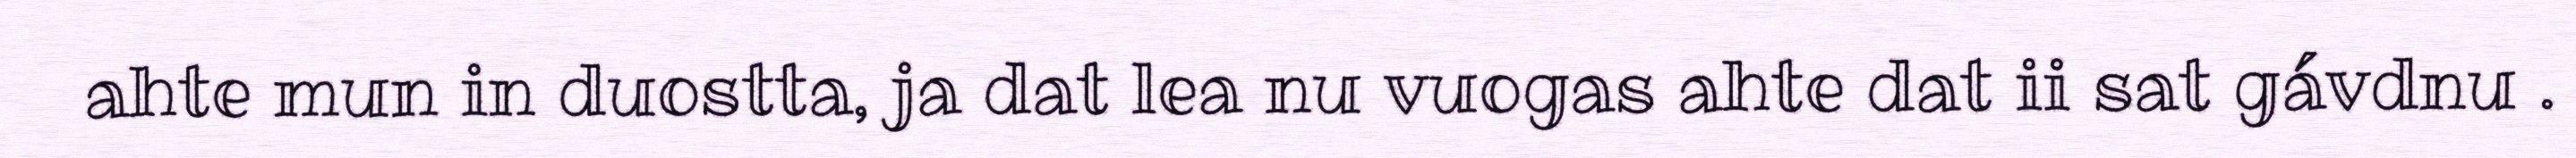
ahte mun in duostta, ja dat lea nu vuogas ahte dat ii sat gávdnu .